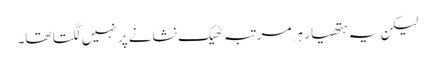
لیکن یہ ہتھیار ہر مرتبہ ٹھیک نشانے پر نہیں لگتا تھا۔